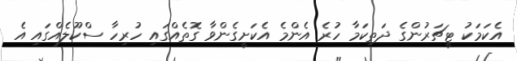
އެކަމަކު ޓީޗަރުންގެ ދަތިކަމާ ހުރެ އެންމެ އެކަށީގެންވާ ގޮތެއްގައި ހުރިހާ ސްކޫލެއްގައި އެ